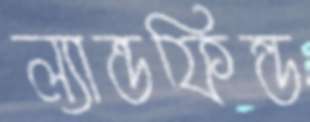
ল্যান্ডফিল্ড